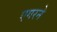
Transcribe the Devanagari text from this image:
एगरने